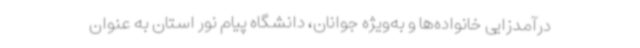
درآمدزایی خانواده‌ها و به‌ویژه جوانان، دانشگاه پیام نور استان به عنوان